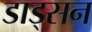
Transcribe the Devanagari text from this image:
डाड्सन